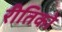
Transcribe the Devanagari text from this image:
रीतिको